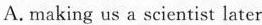
A. making us a scientist later